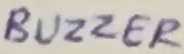
Text: BUZZER